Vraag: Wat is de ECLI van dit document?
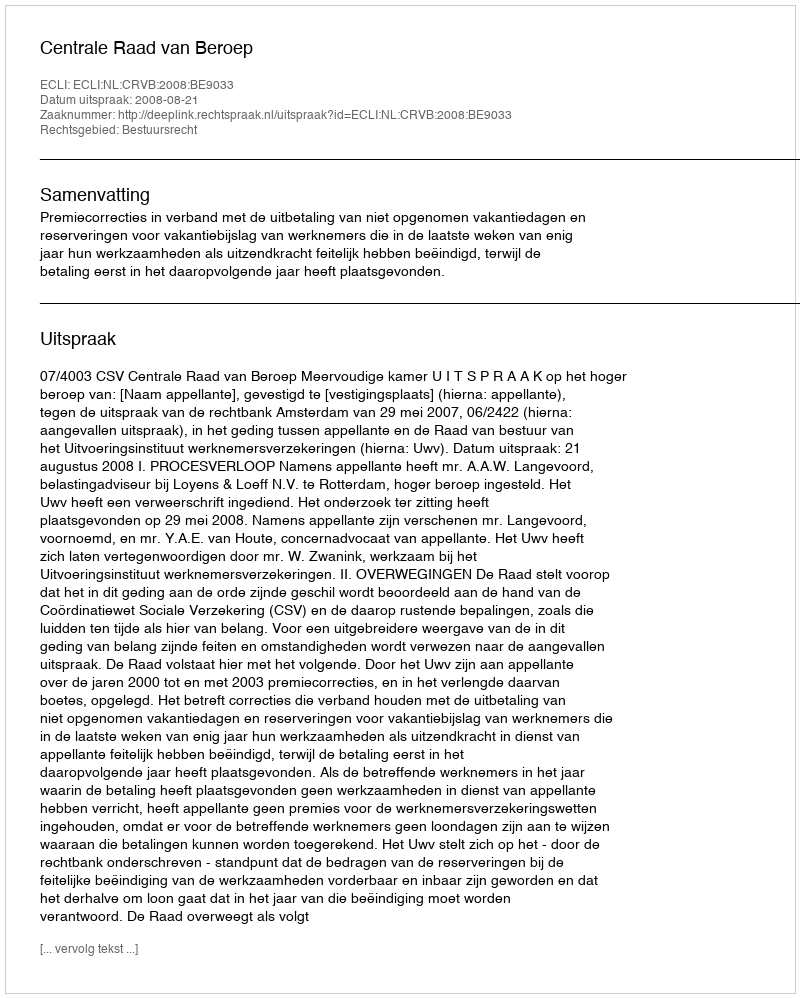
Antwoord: ECLI:NL:CRVB:2008:BE9033